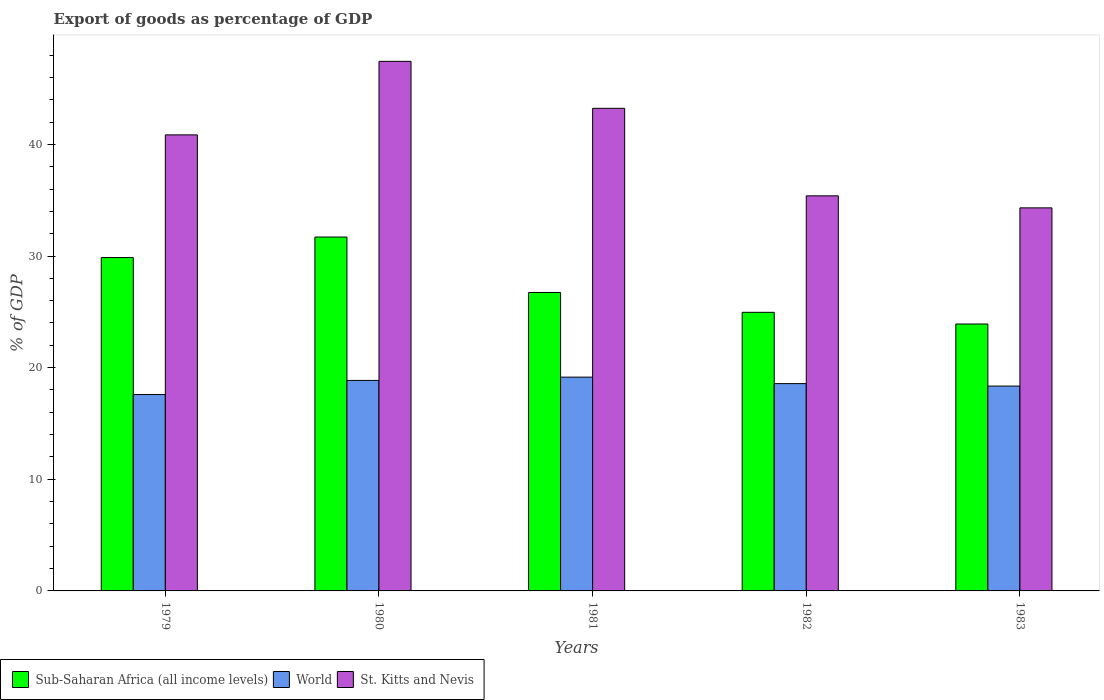
| Years | Sub-Saharan Africa (all income levels) | World | St. Kitts and Nevis |
 | --- | --- | --- | --- |
 | 1979 | 29.9 | 17.6 | 40.9 |
 | 1980 | 31.7 | 18.9 | 47.4 |
 | 1981 | 26.7 | 19.2 | 43.2 |
 | 1982 | 25 | 18.6 | 35.4 |
 | 1983 | 23.9 | 18.4 | 34.3 |